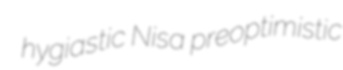
hygiastic Nisa preoptimistic